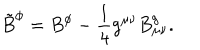
{ \tilde { B } } ^ { \phi } = B ^ { \phi } - \frac { 1 } { 4 } g ^ { \mu \nu } B _ { \mu \nu } ^ { g } .